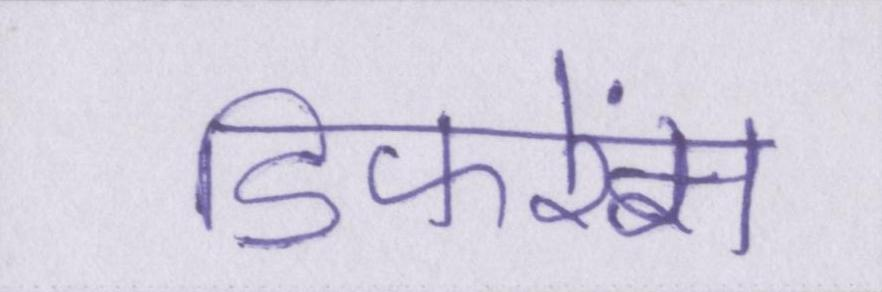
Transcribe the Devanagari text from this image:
डिफरेंस